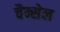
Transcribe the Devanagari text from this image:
चैन्सेल